Senior Leaving Certificate Examination (including Day School Certificate (Higher) General paper), 1949
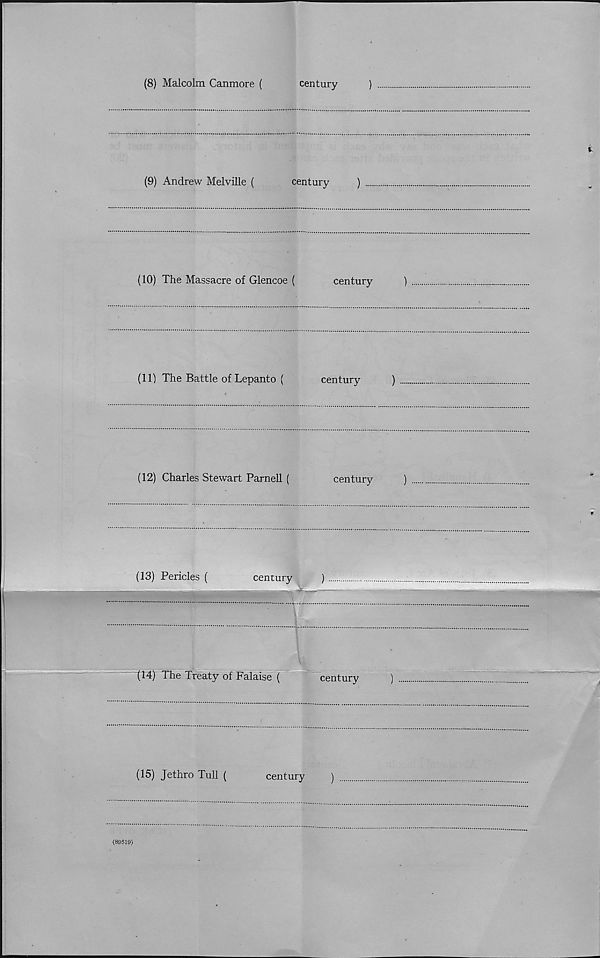
(8) Malcolm Canmore (
century
)
(9) Andrew Melville (
century
)
(10) The Massacre of Glencoe (
century
)
(11) The Battle of Lepanto (
century
)
(12) Charles Stewart Parnell (
century
)
(13) Pericles (
century
)
(14) The Treaty of Falaise (
century
(15) Jethro Tull (
century
(89519)